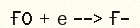
Ғ0 + е --> Ғ-